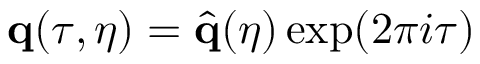
\mathbf { q } ( \tau , \eta ) = \hat { \mathbf { { q } } } ( { \eta } ) \exp ( 2 \pi i \tau )